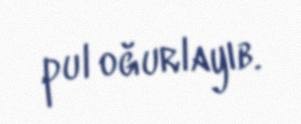
pul oğurlayıb.